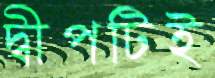
দ্বীপটিই